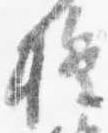
権